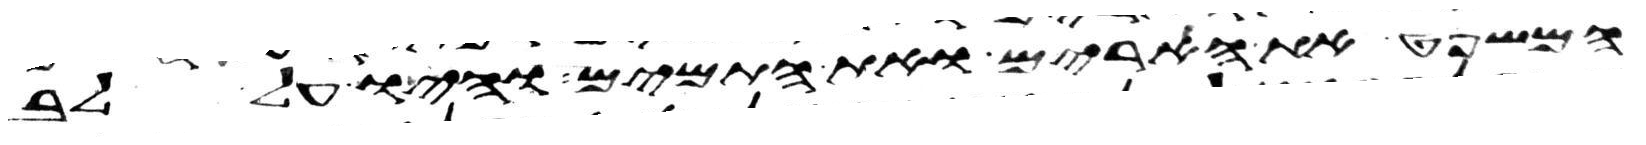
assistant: המשפט את הארים ואת התמים והיו על לב